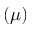
( \mu )